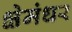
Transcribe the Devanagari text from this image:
क्षेमंधर